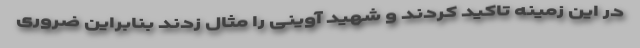
در این زمینه تاکید کردند و شهید آوینی را مثال زدند بنابراین ضروری